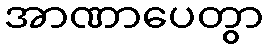
အာဏာပေတွာ